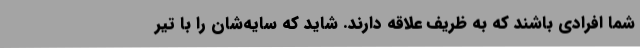
شما افرادی باشند که به ظریف علاقه دارند. شاید که سایه‌شان را با تیر